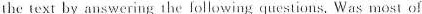
the text by answering the ollowing questions. Was most of